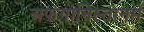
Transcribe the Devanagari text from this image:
अफगानिस्तानमें